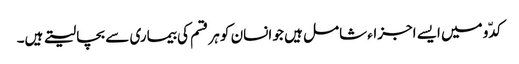
کدّو میں ایسے اجزاء شامل ہیں جو انسان کو ہر قسم کی بیماری سے بچا لیتے ہیں۔